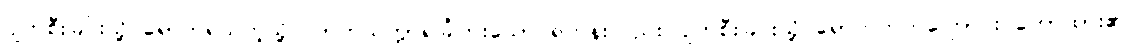
ပျက်စီးခြင်းသို့ ရောက်ရသကဲ့သို့ လာဘသက္ကာရခြုံတိုးသော ရဟန်းလည်း ပျက်စီးခြင်းသို့ ရောက်တတ်ကြောင်း ဟောထား၏။